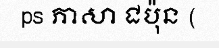
ps ភាសា ជប៉ុន (